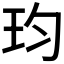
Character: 𪻎